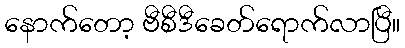
နောက်တော့ ဗီစီဒီခေတ်ရောက်လာပြီ။